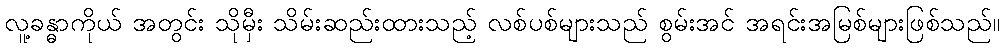
လူ့ခန္ဓာကိုယ် အတွင်း သိုမှီး သိမ်းဆည်းထားသည့် လစ်ပစ်များသည် စွမ်းအင် အရင်းအမြစ်များဖြစ်သည်။